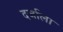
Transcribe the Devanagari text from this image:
दर्जाला